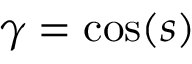
\gamma = \cos ( s )